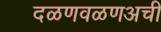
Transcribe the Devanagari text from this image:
दळणवळणअची